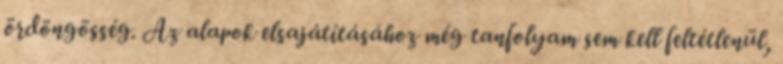
ördöngösség. Az alapok elsajátításához még tanfolyam sem kell feltétlenül,